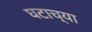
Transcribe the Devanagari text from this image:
घटाच्या